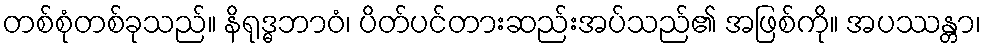
တစ်စုံတစ်ခုသည်။ နိရုဒ္ဓဘာဝံ၊ ပိတ်ပင်တားဆည်းအပ်သည်၏ အဖြစ်ကို။ အပဿန္တာ၊